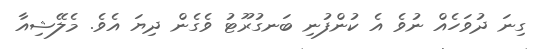
ގިނަ ދުވަހެއް ނުވެ އެ ކުންފުނި ބަނގުރޫޓު ވެގެން ދިޔަ އެވެ. މެލޭޝިއާ